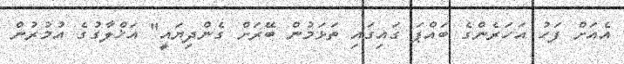
އެއަށް ފަހު އަހަރެންގެ ބައްޕަ ގައިގައި ތަޅަމުން ބޭރަށް ގެންދިޔައީ" އަޚްލާގުގެ އުމުރުން